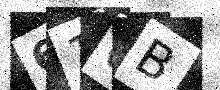
Text: 61UB